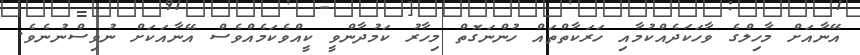
އޭނާއަށް މާހިލްގެ ވާހަކަދެއްކުމާއި ހަރަކާތްތައް ހުންނަގޮތް މިހާރު ކަމުދާންވީ ކީއްވެކަމެއްވެސް އޭނާއަކަށް ނުވިސްނުނެވެ.